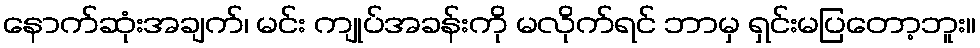
နောက်ဆုံးအချက်၊ မင်း ကျုပ်အခန်းကို မလိုက်ရင် ဘာမှ ရှင်းမပြတော့ဘူး။